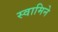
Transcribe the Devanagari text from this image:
स्वामिने